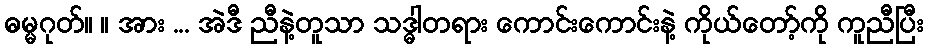
ဓမ္မဂုတ်။ ။ အား ... အဲဒီ ညီနဲ့တူသာ သဒ္ဓါတရား ကောင်းကောင်းနဲ့ ကိုယ်တော့်ကို ကူညီပြီး